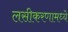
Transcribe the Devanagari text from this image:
लसीकरणामध्ये